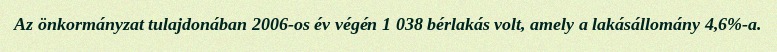
Az önkormányzat tulajdonában 2006-os év végén 1 038 bérlakás volt, amely a lakásállomány 4,6%-a.